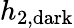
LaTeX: h_{2,\mathrm{dark}}